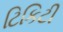
ટિકિટી